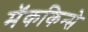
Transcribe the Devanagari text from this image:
मॅककिन्से